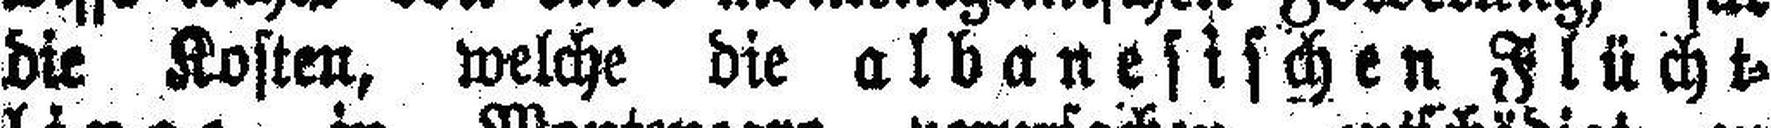
die Kosten, welche die albanesischen Flücht¬